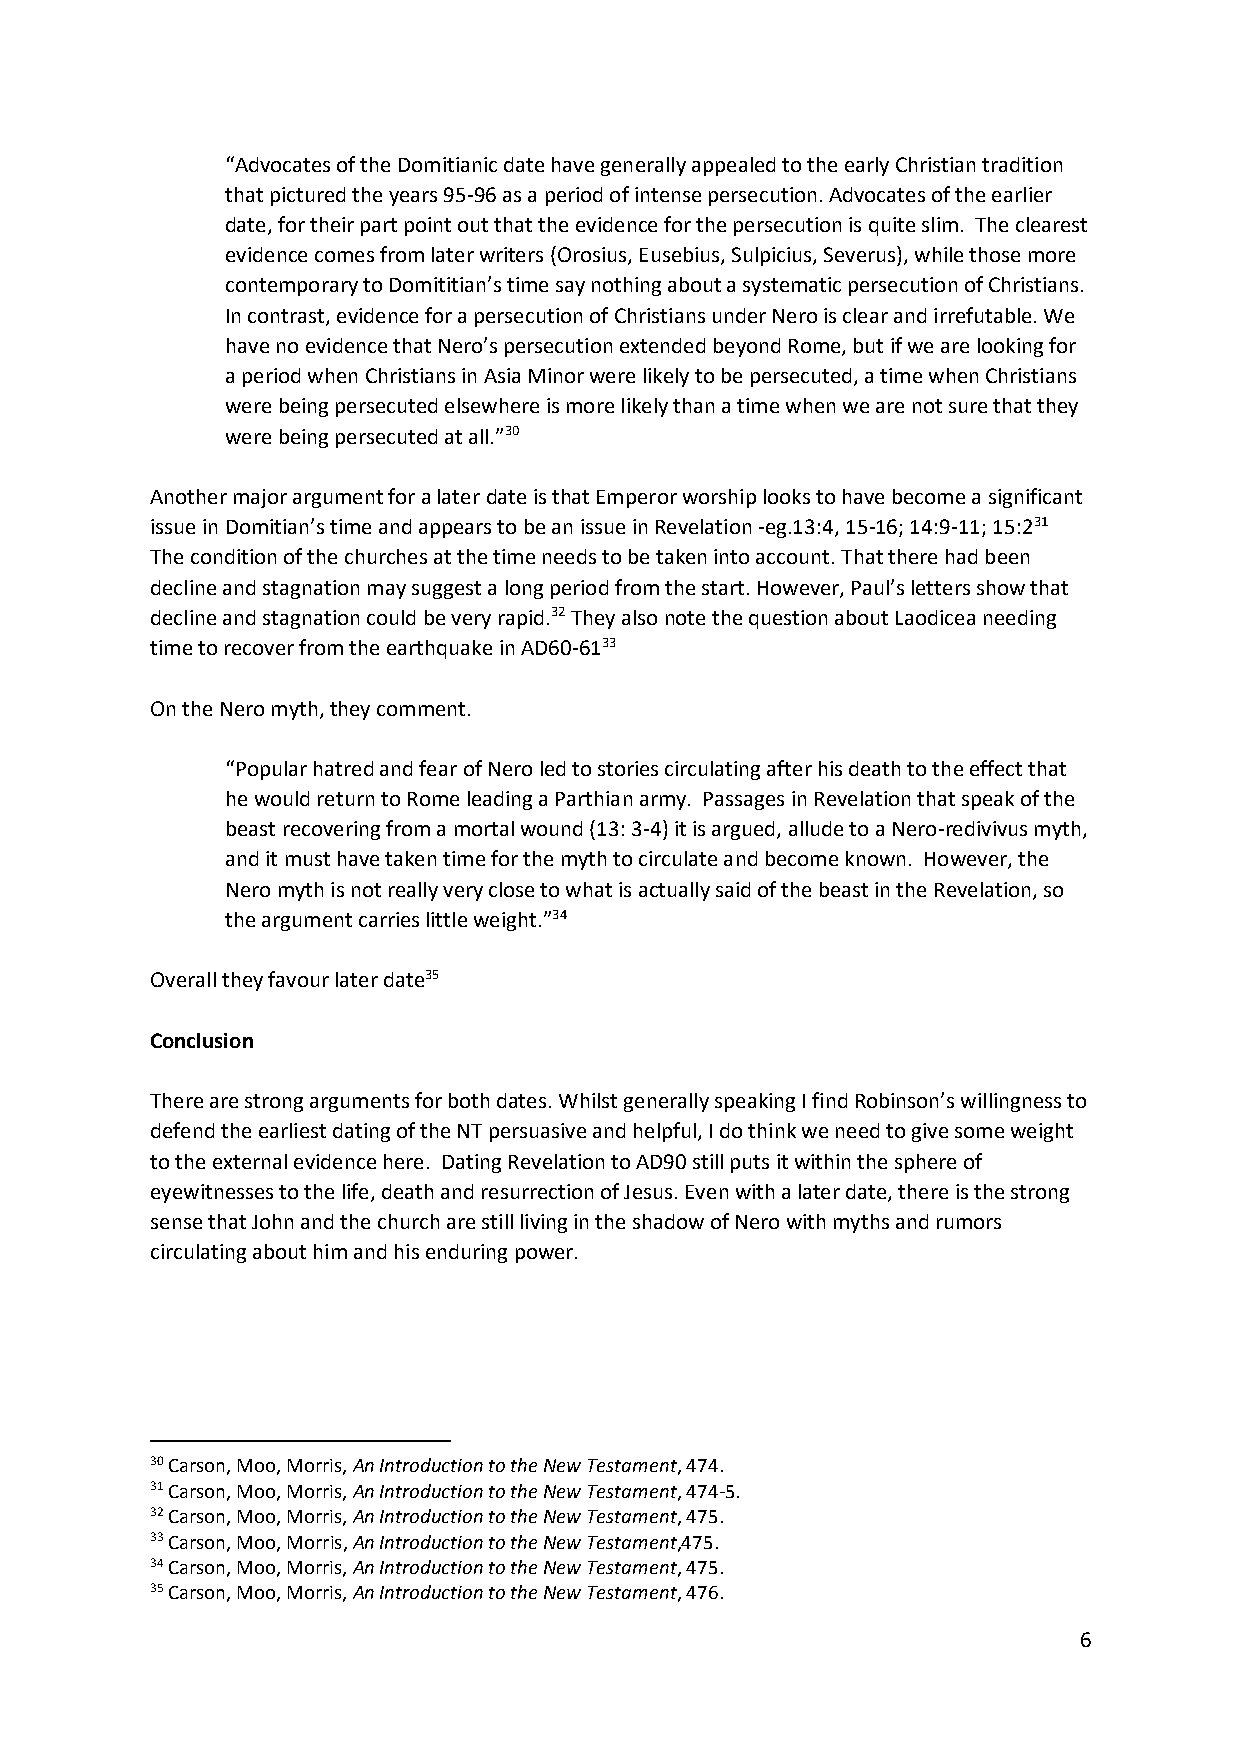
“Advocates of the Domitianic date have generally appealed to the early Christian tradition
 that pictured the years 95-96 as a period of intense persecution. Advocates of the earlier
 date, for their part point out that the evidence for the persecution is quite slim. The clearest
 evidence comes from later writers (Orosius, Eusebius, Sulpicius, Severus), while those more
 contemporary to Domititian’s time say nothing about a systematic persecution of Christians.
 In contrast, evidence for a persecution of Christians under Nero is clear and irrefutable. We
 have no evidence that Nero’s persecution extended beyond Rome, but if we are looking for
 a period when Christians in Asia Minor were likely to be persecuted, a time when Christians
 were being persecuted elsewhere is more likely than a time when we are not sure that they
 were being persecuted at all.”30
 Another major argument for a later date is that Emperor worship looks to have become a significant
 issue in Domitian’s time and appears to be an issue in Revelation -eg.13:4, 15-16; 14:9-11; 15:231
 The condition of the churches at the time needs to be taken into account. That there had been
 decline and stagnation may suggest a long period from the start. However, Paul’s letters show that
 decline and stagnation could be very rapid.32 They also note the question about Laodicea needing
 time to recover from the earthquake in AD60-6133
 On the Nero myth, they comment.
 “Popular hatred and fear of Nero led to stories circulating after his death to the effect that
 he would return to Rome leading a Parthian army. Passages in Revelation that speak of the
 beast recovering from a mortal wound (13: 3-4) it is argued, allude to a Nero-redivivus myth,
 and it must have taken time for the myth to circulate and become known. However, the
 Nero myth is not really very close to what is actually said of the beast in the Revelation, so
 the argument carries little weight.”34
 Overall they favour later date35
 Conclusion
 There are strong arguments for both dates. Whilst generally speaking I find Robinson’s willingness to
 defend the earliest dating of the NT persuasive and helpful, I do think we need to give some weight
 to the external evidence here. Dating Revelation to AD90 still puts it within the sphere of
 eyewitnesses to the life, death and resurrection of Jesus. Even with a later date, there is the strong
 sense that John and the church are still living in the shadow of Nero with myths and rumors
 circulating about him and his enduring power.
 30 Carson, Moo, Morris, An Introduction to the New Testament, 474.
 31 Carson, Moo, Morris, An Introduction to the New Testament, 474-5.
 32 Carson, Moo, Morris, An Introduction to the New Testament, 475.
 33 Carson, Moo, Morris, An Introduction to the New Testament,475.
 34 Carson, Moo, Morris, An Introduction to the New Testament, 475.
 35 Carson, Moo, Morris, An Introduction to the New Testament, 476.
 6